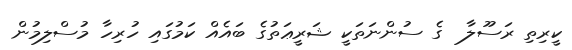
ކީރިތި ރަސޫލާ  ގެ ސުންނަތަކީ ޝަރީޢަތުގެ ބައެއް ކަމުގައި ހުރިހާ މުސްލިމުން